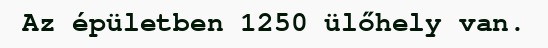
Az épületben 1250 ülőhely van.